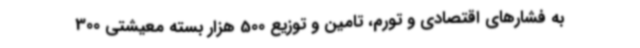
به فشارهای اقتصادی و تورم، تامین و توزیع 500 هزار بسته معیشتی 300